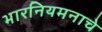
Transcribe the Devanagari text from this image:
भारनियमनाचे